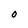
Character: O